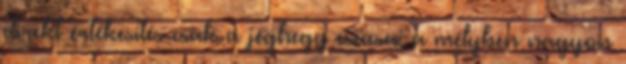
direkt értékesítés csak a jéghegy csúcsa; a mélyben nagyon